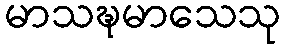
မာသဍ္ဎမာသေသု